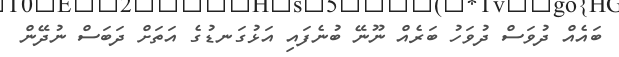
ބައެއް ދުވަސް ދުވަހު ބަރެއް ނޫނޭ ބުނެފައި އަޅުގަނޑުގެ އަތަށް ދަބަސް ނުދޭން